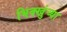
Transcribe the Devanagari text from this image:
भिक्खुंच्या